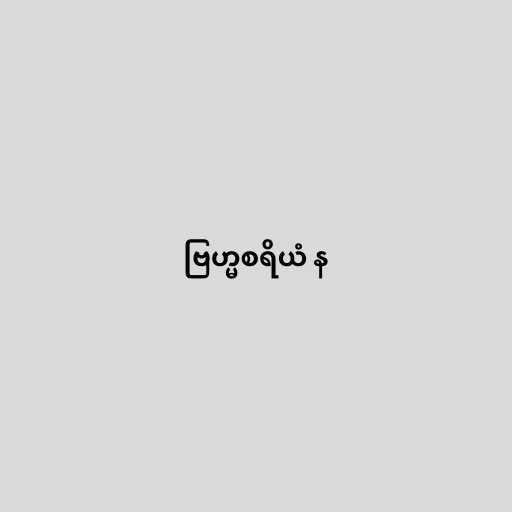
ဗြဟ္မစရိယံ န